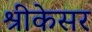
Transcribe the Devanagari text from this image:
श्रीकेसर